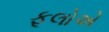
ફૂલોએ